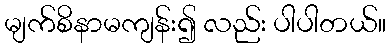
မျက်စိနာမကျန်း၍ လည်း ပါပါတယ်။